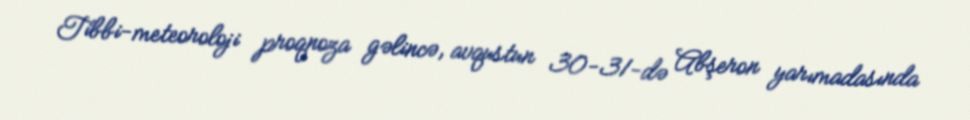
Tibbi-meteoroloji proqnoza gəlincə, avqustun 30-31-də Abşeron yarımadasında